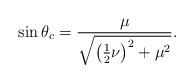
LaTeX: \begin{align*}\sin{\theta_c}=\frac{\mu}{\sqrt{\left(\frac{1}{2}\nu\right)^2+\mu^2}}.\end{align*}